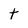
Character: t